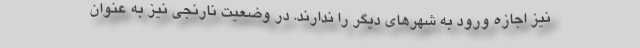
نیز اجازه ورود به شهرهای دیگر را ندارند. در وضعیت نارنجی نیز به عنوان